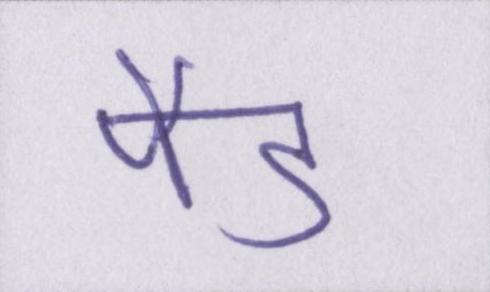
पैड